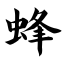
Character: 蜂